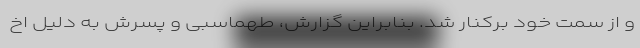
و از سمت خود برکنار شد. بنابراین گزارش، طهماسبی و پسرش به دلیل اخ